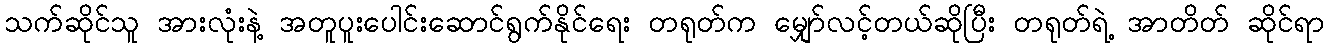
သက်ဆိုင်သူ အားလုံးနဲ့ အတူပူးပေါင်းဆောင်ရွက်နိုင်ရေး တရုတ်က မျှော်လင့်တယ်ဆိုပြီး တရုတ်ရဲ့ အာတိတ် ဆိုင်ရာ